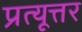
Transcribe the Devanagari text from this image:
प्रत्यूत्तर